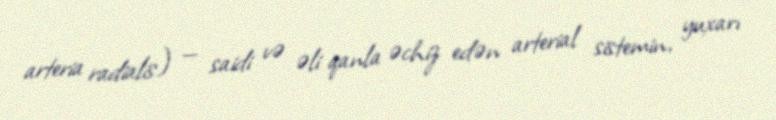
arteria radialis) — saidi və əli qanla əchiz edən arterial sistemin, yuxarı